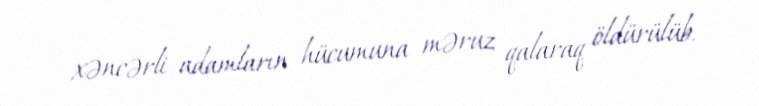
xəncərli adamların hücumuna məruz qalaraq öldürülüb.